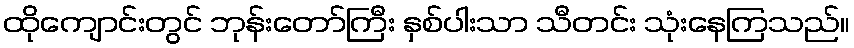
ထိုကျောင်းတွင် ဘုန်းတော်ကြီး နှစ်ပါးသာ သီတင်း သုံးနေကြသည်။